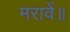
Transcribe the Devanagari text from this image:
मरावें॥